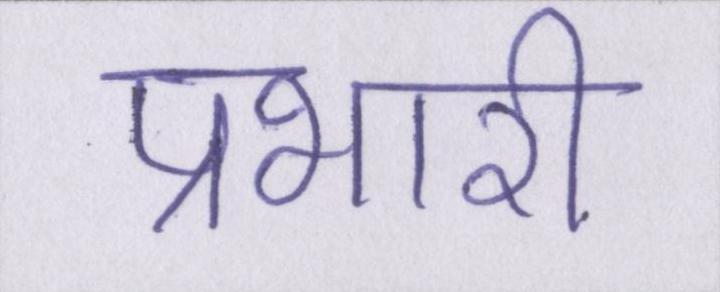
प्रभारी